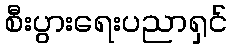
စီးပွားရေးပညာရှင်